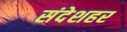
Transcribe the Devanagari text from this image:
संदेशहर